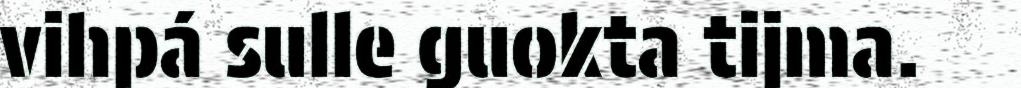
vihpá sulle guokta tijma.